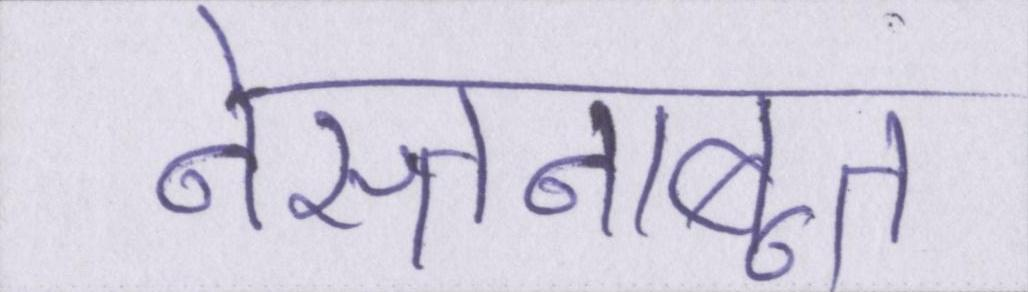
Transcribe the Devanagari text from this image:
नेस्तनाबूत